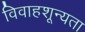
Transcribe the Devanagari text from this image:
विवाहशून्यता